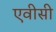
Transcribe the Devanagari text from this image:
एवीसी